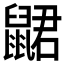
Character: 𲎞